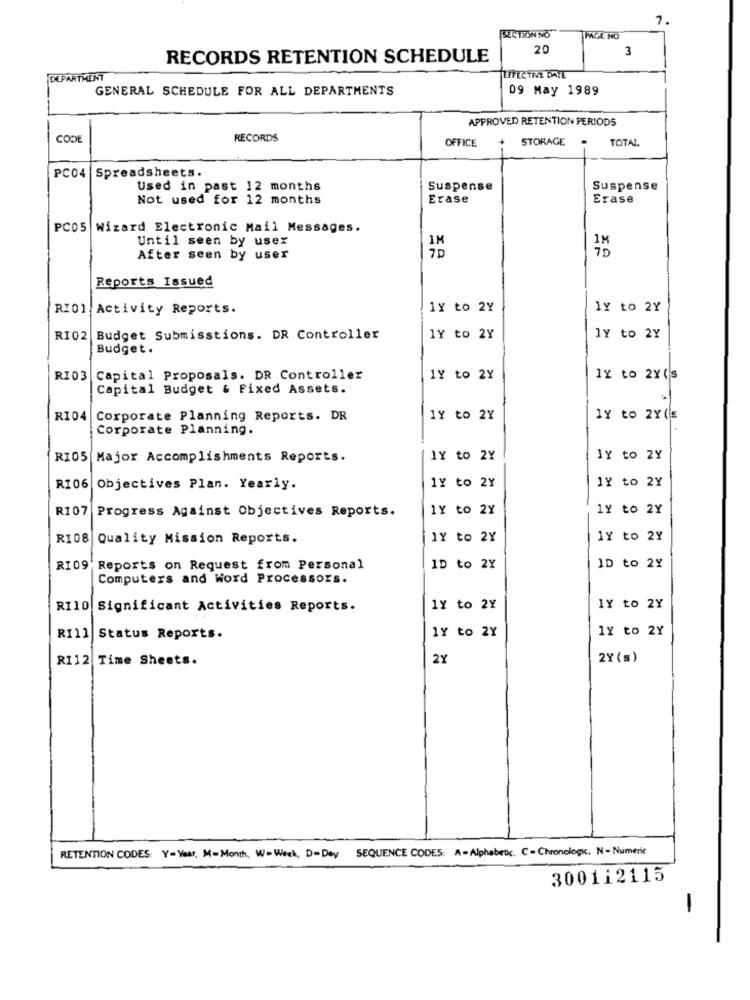
7.
SECTIONNO
PAGE NO
20
3
RECORDS RETENTION SCHEDULE
DEPARTMENT
TUPECTIVE BAYE
GENERAL SCHEDULE FOR ALL DEPARTMENTS
09 May 1989
APPROVED RETENTION PERIODS
CODE
RECORDS
OFFICE
STORAGE
TOTAL
PC04
Spreadsheets.
Used in past 12 months
Suspense
Suspense
Not used for 12 months
Erase
Erase
PC05 Wizard Electronic Mail Messages.
Until seen by usex
IM
After seen by user
Reports Issued
RIO] Activity Reports.
1Y to 2Y
1Y to 2Y
RI02 Budget Submisstions. DR Controller
1Y to 2Y
1Y to 2Y
Budget.
RIO3
Capital Proposals. DR Controller
1Y to 2Y
1x to 2Y(s
Capital Budget & Fixed Assets.
RI04
Corporate Planning Reports. DR
1Y to 2Y
1Y to 2Y(s
Corporate Planning.
RI05 Major Accomplishments Reports.
1Y to 2Y
1Y to 2Y
1Y to 2Y
1Y to 2Y
RI06 Objectives Plan. Yearly.
R107 Progress Against Objectives Reports.
1Y to 2Y
1Y to 2Y
RI08
Quality Mission Reports.
1Y to 2Y
1Y to 2Y
RI09' Reports on Request from Personal
1D to 2Y
ID to 2%
Computers and Word Processors.
RI10 Significant Activities Reports.
1Y to 2Y
1Y to 2Y
1Y to 2Y
RI11 Status Reports.
1Y to 2Y
RI12 Time Sheets.
2Y
2Y (s)
SEQUENCE CODES: A-Alphabetic, C- Chronologic, N- Numeric
RETENTION CODES: Y=Year, M=Month, W= Week, D=Day
300112115
-